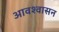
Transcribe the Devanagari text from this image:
आवश्‍वासन